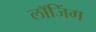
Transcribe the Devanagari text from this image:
लाॅजिंग